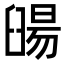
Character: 䑗